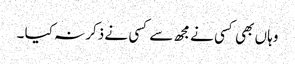
وہا ں بھی کسی نے مجھ سے کسی نے ذکر نہ کیا ۔